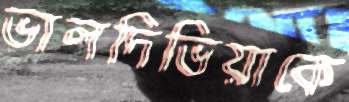
ভালদিভিয়াকে